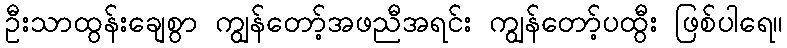
ဦးသာထွန်းချေစွာ ကျွန်တော့်အဖညီအရင်း ကျွန်တော့်ပထွီး ဖြစ်ပါရေ။